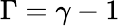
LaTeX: \Gamma=\gamma-1